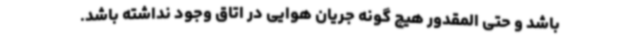
باشد و حتی المقدور هیچ گونه جریان هوایی در اتاق وجود نداشته باشد.